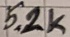
Text: 5.2K